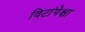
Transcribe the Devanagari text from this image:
विटांपेक्षा